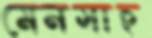
মেনসাহ